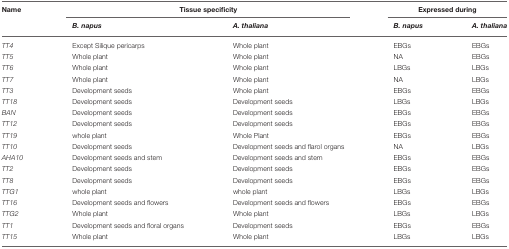
<table><thead><tr><td><b>Name</b></td><td colspan="2"><b>Tissue specificity</b></td><td colspan="2"><b>Expressed during</b></td></tr><tr><td></td><td><b><i>B. napus</i></b></td><td><b><i>A. thaliana</i></b></td><td><b><i>B. napus</i></b></td><td><b><i>A. thaliana</i></b></td></tr></thead><tbody><tr><td><i>TT4</i></td><td>Except Silique pericarps</td><td>Whole plant</td><td>EBGs</td><td>EBGs</td></tr><tr><td><i>TT5</i></td><td>Whole plant</td><td>Whole plant</td><td>NA</td><td>EBGs</td></tr><tr><td><i>TT6</i></td><td>Whole plant</td><td>Whole plant</td><td>LBGs</td><td>LBGs</td></tr><tr><td><i>TT7</i></td><td>Whole plant</td><td>Whole plant</td><td>NA</td><td>LBGs</td></tr><tr><td><i>TT3</i></td><td>Development seeds</td><td>Whole plant</td><td>EBGs</td><td>EBGs</td></tr><tr><td><i>TT18</i></td><td>Development seeds</td><td>Development seeds</td><td>LBGs</td><td>LBGs</td></tr><tr><td><i>BAN</i></td><td>Development seeds</td><td>Development seeds</td><td>EBGs</td><td>EBGs</td></tr><tr><td><i>TT12</i></td><td>Development seeds</td><td>Development seeds</td><td>EBGs</td><td>EBGs</td></tr><tr><td><i>TT19</i></td><td>whole plant</td><td>Whole Plant</td><td>EBGs</td><td>EBGs</td></tr><tr><td><i>TT10</i></td><td>Development seeds</td><td>Development seeds and flarol organs</td><td>NA</td><td>LBGs</td></tr><tr><td><i>AHA10</i></td><td>Development seeds and stem</td><td>Development seeds and stem</td><td>EBGs</td><td>EBGs</td></tr><tr><td><i>TT2</i></td><td>Development seeds</td><td>Development seeds</td><td>EBGs</td><td>EBGs</td></tr><tr><td><i>TT8</i></td><td>Development seeds</td><td>Development seeds</td><td>EBGs</td><td>EBGs</td></tr><tr><td><i>TTG1</i></td><td>whole plant</td><td>whole plant</td><td>LBGs</td><td>LBGs</td></tr><tr><td><i>TT16</i></td><td>Development seeds and flowers</td><td>Development seeds and flowers</td><td>EBGs</td><td>EBGs</td></tr><tr><td><i>TTG2</i></td><td>Whole plant</td><td>Whole plant</td><td>LBGs</td><td>LBGs</td></tr><tr><td><i>TT1</i></td><td>Development seeds and floral organs</td><td>Development seeds</td><td>EBGs</td><td>EBGs</td></tr><tr><td><i>TT15</i></td><td>Whole plant</td><td>Whole plant</td><td>LBGs</td><td>LBGs</td></tr></tbody></table>